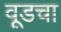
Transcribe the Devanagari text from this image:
वूडचा